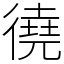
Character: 徺